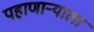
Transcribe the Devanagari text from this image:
पहाणार्‍याला